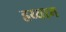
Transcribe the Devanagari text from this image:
हय्याम